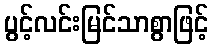
ပွင့်လင်းမြင်သာစွာဖြင့်